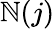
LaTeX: \mathbb{N}(j)